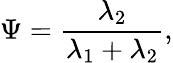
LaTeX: \Psi=\frac{\lambda_{2}}{\lambda_{1}+\lambda_{2}},